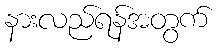
နားလည်ရန်အတွက်